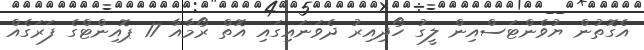
އެގޮތުން ޔުވެންޓަސްއިން ލީގު ހޯދިއިރު ދެވަނައިގައި އޮތް ރޯމާއާ 17 ޕޮއިންޓްގެ ފަރަގެއް